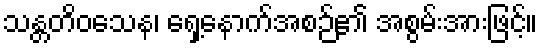
သန္တတိဝသေန၊ ရှေ့နောက်အစဉ်၏ အစွမ်းအားဖြင့်။